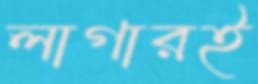
লাগারই